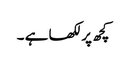
کچھ پر لکھا ہے ۔